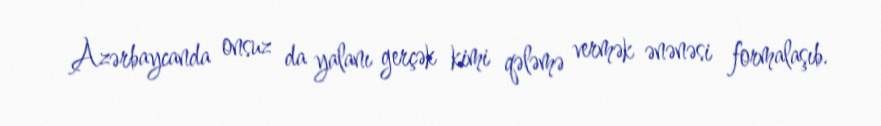
Azərbaycanda onsuz da yalanı gerçək kimi qələmə vermək ənənəsi formalaşıb.